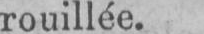
rouillée.